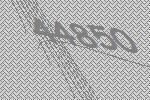
44850